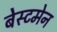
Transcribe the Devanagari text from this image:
बेस्टमेन